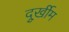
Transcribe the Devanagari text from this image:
दुूर्खीम